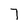
Character: 7